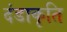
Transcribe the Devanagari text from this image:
दंडाकृति